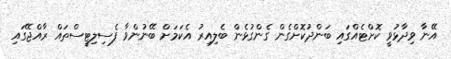
އޭނާ ވިދާޅުވީ ކޮށްޓެއްގައި ބަންދުކޮށްގެން ގެންގުޅެން ބެލިއިރު އެކަމަށް ބޭނުންވާ ފެސިލިޓީސްތައް ރާއްޖޭގައި